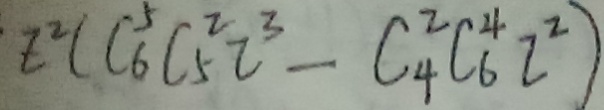
E ^ { 2 } ( C _ { 6 } ^ { 5 } C _ { 5 } ^ { 2 } Z ^ { 3 } - C _ { 4 } ^ { 2 } C _ { 6 } ^ { 4 } Z ^ { 2 } )